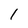
Character: I